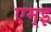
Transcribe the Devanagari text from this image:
एम्इ